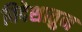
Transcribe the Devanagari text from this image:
विदेशातुन